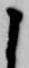
よ